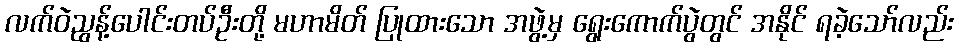
လက်ဝဲညွန့်ပေါင်းတပ်ဦးတို့ မဟာမိတ် ပြုထားသော အဖွဲ့မှ ရွေးကောက်ပွဲတွင် အနိုင် ရခဲ့သော်လည်း